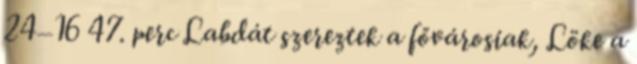
24–16 47. perc Labdát szereztek a fővárosiak, Löke a